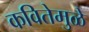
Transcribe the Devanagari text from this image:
कवितेमुळे